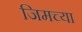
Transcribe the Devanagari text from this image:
जिमच्या